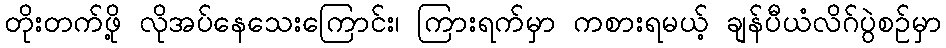
တိုးတက်ဖို့ လိုအပ်နေသေးကြောင်း၊ ကြားရက်မှာ ကစားရမယ့် ချန်ပီယံလိဂ်ပွဲစဉ်မှာ